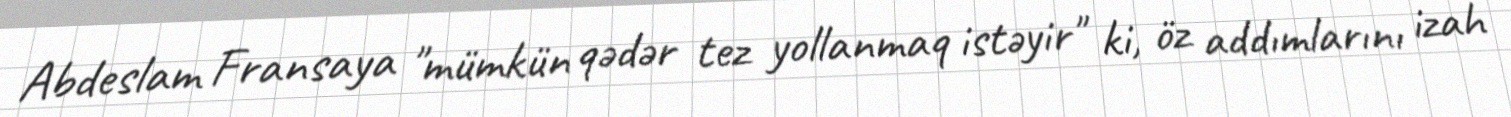
Abdeslam Fransaya "mümkün qədər tez yollanmaq istəyir" ki, öz addımlarını izah